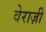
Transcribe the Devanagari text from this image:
वेराज़ी